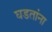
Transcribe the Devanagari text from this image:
घडतांना